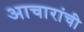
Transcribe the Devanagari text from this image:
आचारांची